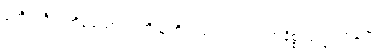
ဒုတီယစိတ်ကိုရှုသော တတိယ စိတ်သည်လည်း အနိစ္စ၊ ဒုက္ခ၊ အနတ္တ။